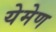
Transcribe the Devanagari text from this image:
येमेण